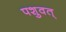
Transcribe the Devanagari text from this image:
पशुवत्